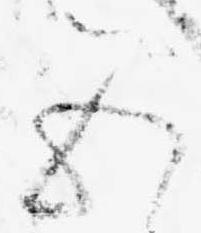
五